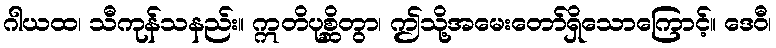
ဂါယထ၊ သီကုန်သနည်း။ ဣတိပုစ္ဆိတွာ၊ ဤသို့အမေးတော်ရှိသောကြောင့်။ ဒေဝီ၊